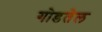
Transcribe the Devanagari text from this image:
गोडतेल